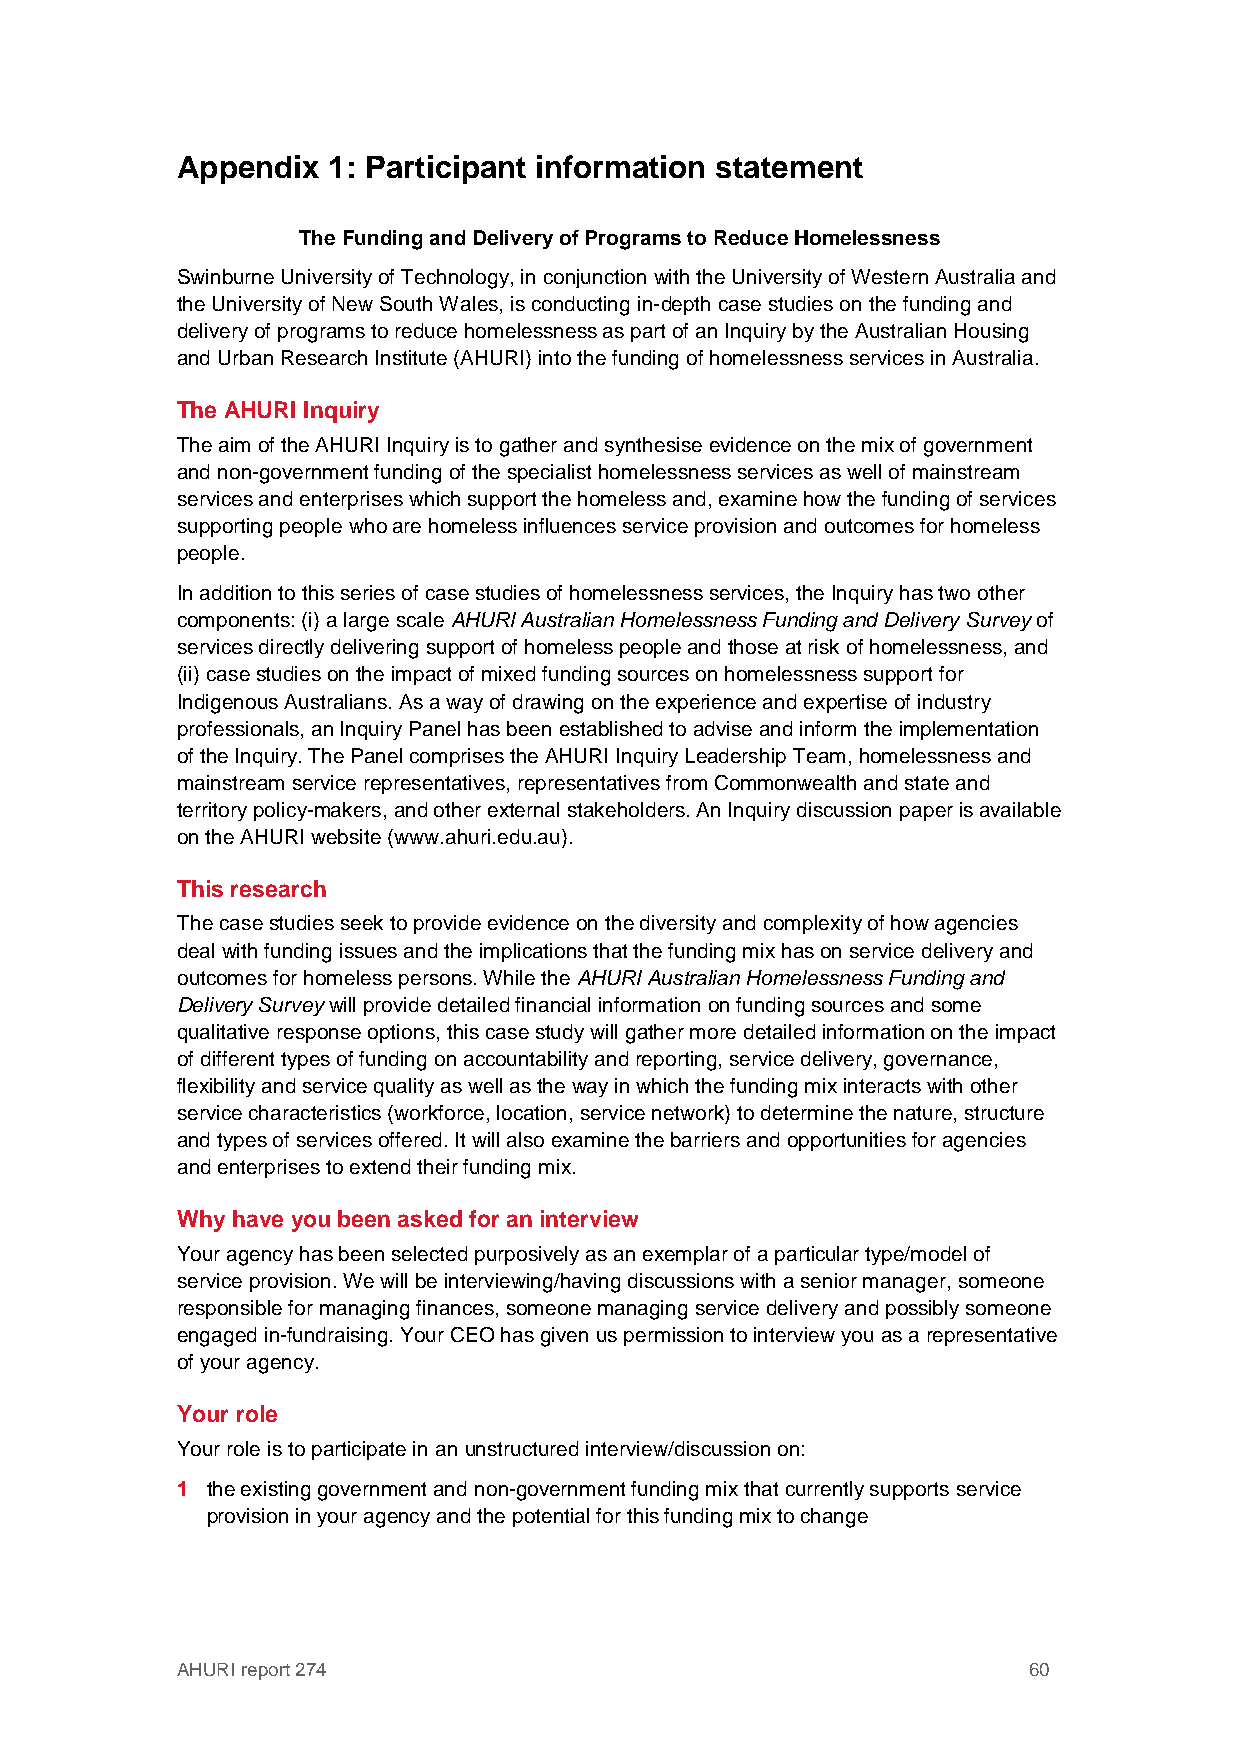
Appendix  1: Participant information statement
 The Funding and Delivery of Programs to Reduce Homelessness
 Swinburne University of Technology, in conjunction with the University of Western Australia and
 the University of New South Wales, is conducting in-depth case studies on the funding and
 delivery of programs to reduce homelessness as part of an Inquiry by the Australian Housing
 and Urban Research Institute (AHURI) into the funding of homelessness services in Australia.
 The AHURI Inquiry
 The aim of the AHURI Inquiry is to gather and synthesise evidence on the mix of government
 and non-government funding of the specialist homelessness services as well of mainstream
 services and enterprises which support the homeless and, examine how the funding of services
 supporting people who are homeless influences service provision and outcomes for homeless
 people.
 In addition to this series of case studies of homelessness services, the Inquiry has two other
 components: (i) a large scale AHURI Australian Homelessness Funding and Delivery Survey of
 services directly delivering support of homeless people and those at risk of homelessness, and
 (ii) case studies on the impact of mixed funding sources on homelessness support for
 Indigenous Australians. As a way of drawing on the experience and expertise of industry
 professionals, an Inquiry Panel has been established to advise and inform the implementation
 of the Inquiry. The Panel comprises the AHURI Inquiry Leadership Team, homelessness and
 mainstream service representatives, representatives from Commonwealth and state and
 territory policy-makers, and other external stakeholders. An Inquiry discussion paper is available
 on the AHURI website (www.ahuri.edu.au).
 This research
 The case studies seek to provide evidence on the diversity and complexity of how agencies
 deal with funding issues and the implications that the funding mix has on service delivery and
 outcomes for homeless persons. While the AHURI Australian Homelessness Funding and
 Delivery Survey will provide detailed financial information on funding sources and some
 qualitative response options, this case study will gather more detailed information on the impact
 of different types of funding on accountability and reporting, service delivery, governance,
 flexibility and service quality as well as the way in which the funding mix interacts with other
 service characteristics (workforce, location, service network) to determine the nature, structure
 and types of services offered. It will also examine the barriers and opportunities for agencies
 and enterprises to extend their funding mix.
 Why have you been asked for an interview
 Your agency has been selected purposively as an exemplar of a particular type/model of
 service provision. We will be interviewing/having discussions with a senior manager, someone
 responsible for managing finances, someone managing service delivery and possibly someone
 engaged in-fundraising. Your CEO has given us permission to interview you as a representative
 of your agency.
 Your role
 Your role is to participate in an unstructured interview/discussion on:
 1 the existing government and non-government funding mix that currently supports service
 provision in your agency and the potential for this funding mix to change
 AHURI report 274                                        60